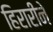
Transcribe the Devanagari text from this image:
हिरारीने